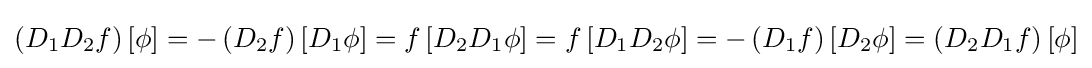
\left(D_{1}D_{2}f\right)[\phi ]=-\left(D_{2}f\right)\left[D_{1}\phi \right]=f\left[D_{2}D_{1}\phi \right]=f\left[D_{1}D_{2}\phi \right]=-\left(D_{1}f\right)\left[D_{2}\phi \right]=\left(D_{2}D_{1}f\right)[\phi ]